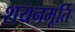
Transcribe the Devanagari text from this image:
शयनमूर्ति